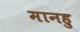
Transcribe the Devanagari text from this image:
मानहु